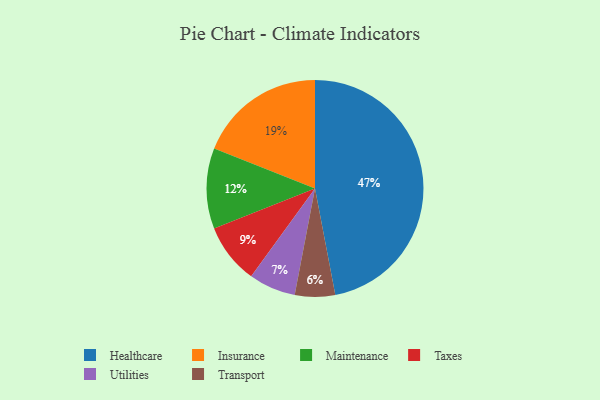
{"axis": {"x": "Category", "y": "Percentage"}, "legend": ["Healthcare", "Insurance", "Maintenance", "Taxes", "Transport", "Utilities"], "data": [{"x": "Healthcare", "y": 47, "type": "Healthcare"}, {"x": "Taxes", "y": 9, "type": "Taxes"}, {"x": "Utilities", "y": 7, "type": "Utilities"}, {"x": "Transport", "y": 6, "type": "Transport"}, {"x": "Maintenance", "y": 12, "type": "Maintenance"}, {"x": "Insurance", "y": 19, "type": "Insurance"}]}